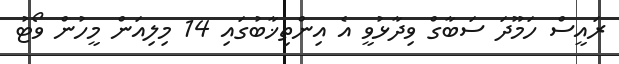
ރައީސް ހަމޫދަ ސަބާގް ވިދާޅުވީ އެ އިންތިޚާބުގައި 14 މިލިއަން މީހުން ވޯޓު